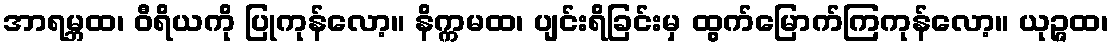
အာရမ္ဘထ၊ ဝီရိယကို ပြုကုန်လော့။ နိက္ကမထ၊ ပျင်းရိခြင်းမှ ထွက်မြောက်ကြကုန်လော့။ ယုဉ္ဇထ၊